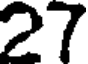
27